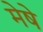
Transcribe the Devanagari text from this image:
मेषे